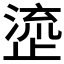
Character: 𬈰